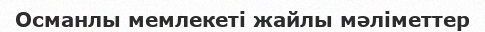
Османлы мемлекеті жайлы мәліметтер